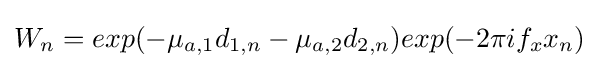
W_{n}=exp(-\mu _{a,1}d_{1,n}-\mu _{a,2}d_{2,n})exp(-2\pi if_{x}x_{n})